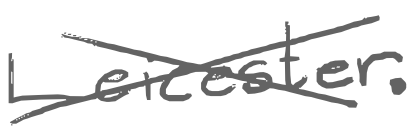
Text: Leicester.
Cross-out: cross
Writing tool: digital_gray